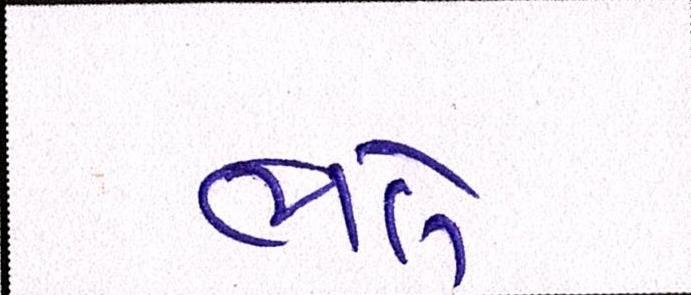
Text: ભલે